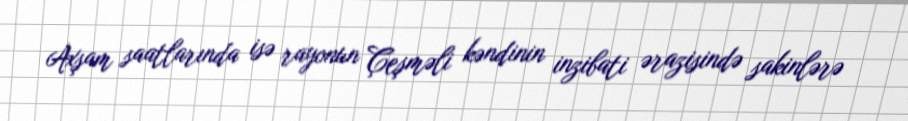
Axşam saatlarında isə rayonun Çeşməli kəndinin inzibati ərazisində sakinlərə